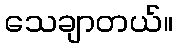
သေချာတယ်။